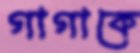
গাগাকে